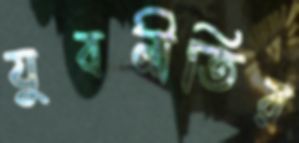
যুবনীতির